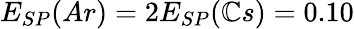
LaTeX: E_{SP}(Ar)=2E_{SP}(\mathbb{C}s)=0.10